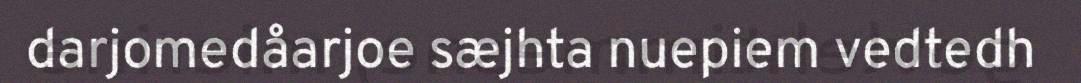
darjomedåarjoe sæjhta nuepiem vedtedh